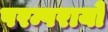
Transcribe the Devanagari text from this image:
परम्परायों